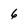
Character: 6